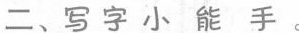
二、写字小能手。